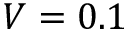
V = 0 . 1